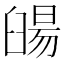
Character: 䑗